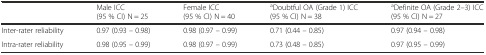
|  | Male ICC (95 % CI) N = 25 | Female ICC (95 % CI) N = 40 | aDoubtful OA (Grade 1) ICC (95 % CI) N = 38 | aDefinite OA (Grade 2–3) ICC (95 % CI) N = 27 |
 | --- | --- | --- | --- | --- |
 | Inter-rater reliability | 0.97 (0.93 – 0.98) | 0.98 (0.97 – 0.99) | 0.71 (0.44 – 0.85) | 0.97 (0.94 – 0.98) |
 | Intra-rater reliability | 0.98 (0.95 – 0.99) | 0.98 (0.97 – 0.99) | 0.73 (0.48 – 0.85) | 0.97 (0.95 – 0.99) |